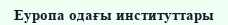
Еуропа одағы институттары